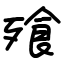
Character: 飱